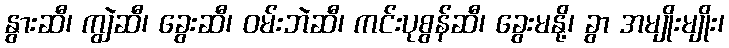
နွားဆီ၊ ကျွဲဆီ၊ ခွေးဆီ၊ ဝမ်းဘဲဆီ၊ ကင်းပုစွန်ဆီ၊ ခွေးမနို့၊ ခွာ အမျိုးမျိုး၊